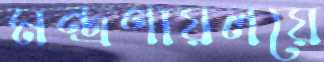
মন্ত্রণায়লয়ে